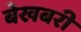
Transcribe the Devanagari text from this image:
बेखबरी